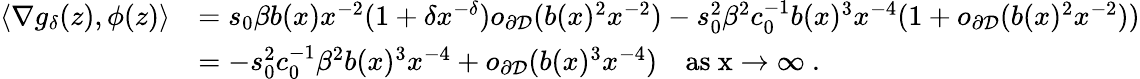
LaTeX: \begin{array}{rl}{\langle\nabla g_{\delta}(z),\phi(z)\rangle}&{=s_{0}\beta b(x)x^{-2}(1+\delta x^{-\delta})o_{\partial{\mathcal D}}(b(x)^{2}x^{-2})-s_{0}^{2}\beta^{2}c_{0}^{-1}b(x)^{3}x^{-4}(1+o_{\partial{\mathcal D}}(b(x)^{2}x^{-2}))}\\ &{=-s_{0}^{2}c_{0}^{-1}\beta^{2}b(x)^{3}x^{-4}+o_{\partial{\mathcal D}}(b(x)^{3}x^{-4})\quad\mathrm{as~x\to\infty~.}}\end{array}